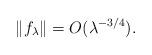
LaTeX: \begin{align*}\|f_\lambda\|=O(\lambda^{-3/4}).\end{align*}